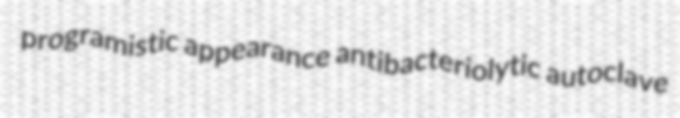
programistic appearance antibacteriolytic autoclave